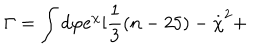
\Gamma = \int d \varphi e ^ { \chi } [ \frac { 1 } { 3 } ( n - 2 5 ) - \stackrel { . } { \chi } ^ { 2 } +